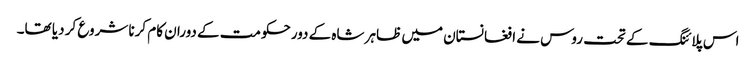
اس پلائنگ کے تحت روس نے ا فغانستان میں ظاہر شاہ کے دورحکومت کے دوران کام کرنا شروع کر دیا تھا۔